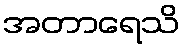
အတာရေသိ